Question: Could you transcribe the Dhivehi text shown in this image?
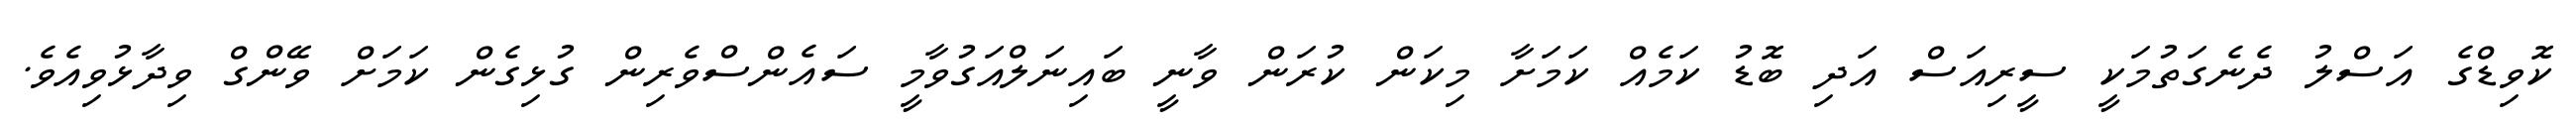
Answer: ކޮވިޑްގެ އަސްލު ދެނެގަތުމަކީ ސީރިއަސް އަދި ބޮޑު ކަމެއް ކަމަށާ މިކަން ކުރަން ވާނީ ބައިނަލްއަގުވާމީ ސައެންސްވެރިން ގުޅިގެން ކަމަށް ވޭންގް ވިދާޅުވިއެވެ.